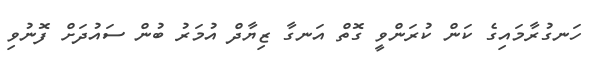
ހަނގުރާމައިގެ ކަން ކުރަންވީ ގޮތް އަނގާ ޒިޔާދް އުމަރު ބުން ސައުދަށް ފޮނުވި